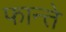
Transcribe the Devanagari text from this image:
फान्ते